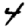
Digit: 4